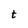
Character: t